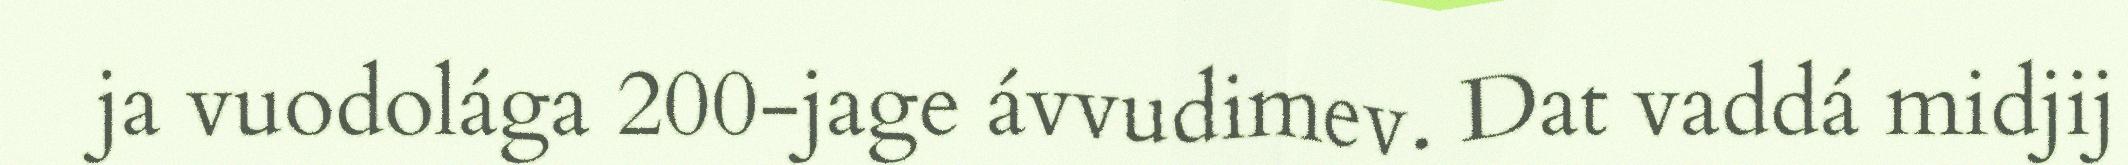
ja vuodolága 200-jage ávvudimev. Dat vaddá midjij